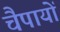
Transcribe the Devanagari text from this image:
चैपायों